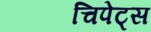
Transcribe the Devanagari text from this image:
चिपेट्स